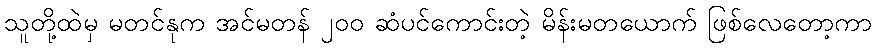
သူတို့ထဲမှ မတင်နုက အင်မတန် ၂၀၀ ဆံပင်ကောင်းတဲ့ မိန်းမတယောက် ဖြစ်လေတော့ကာ